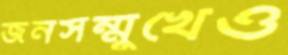
জনসম্মুখেও